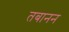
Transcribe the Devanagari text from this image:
तबानन